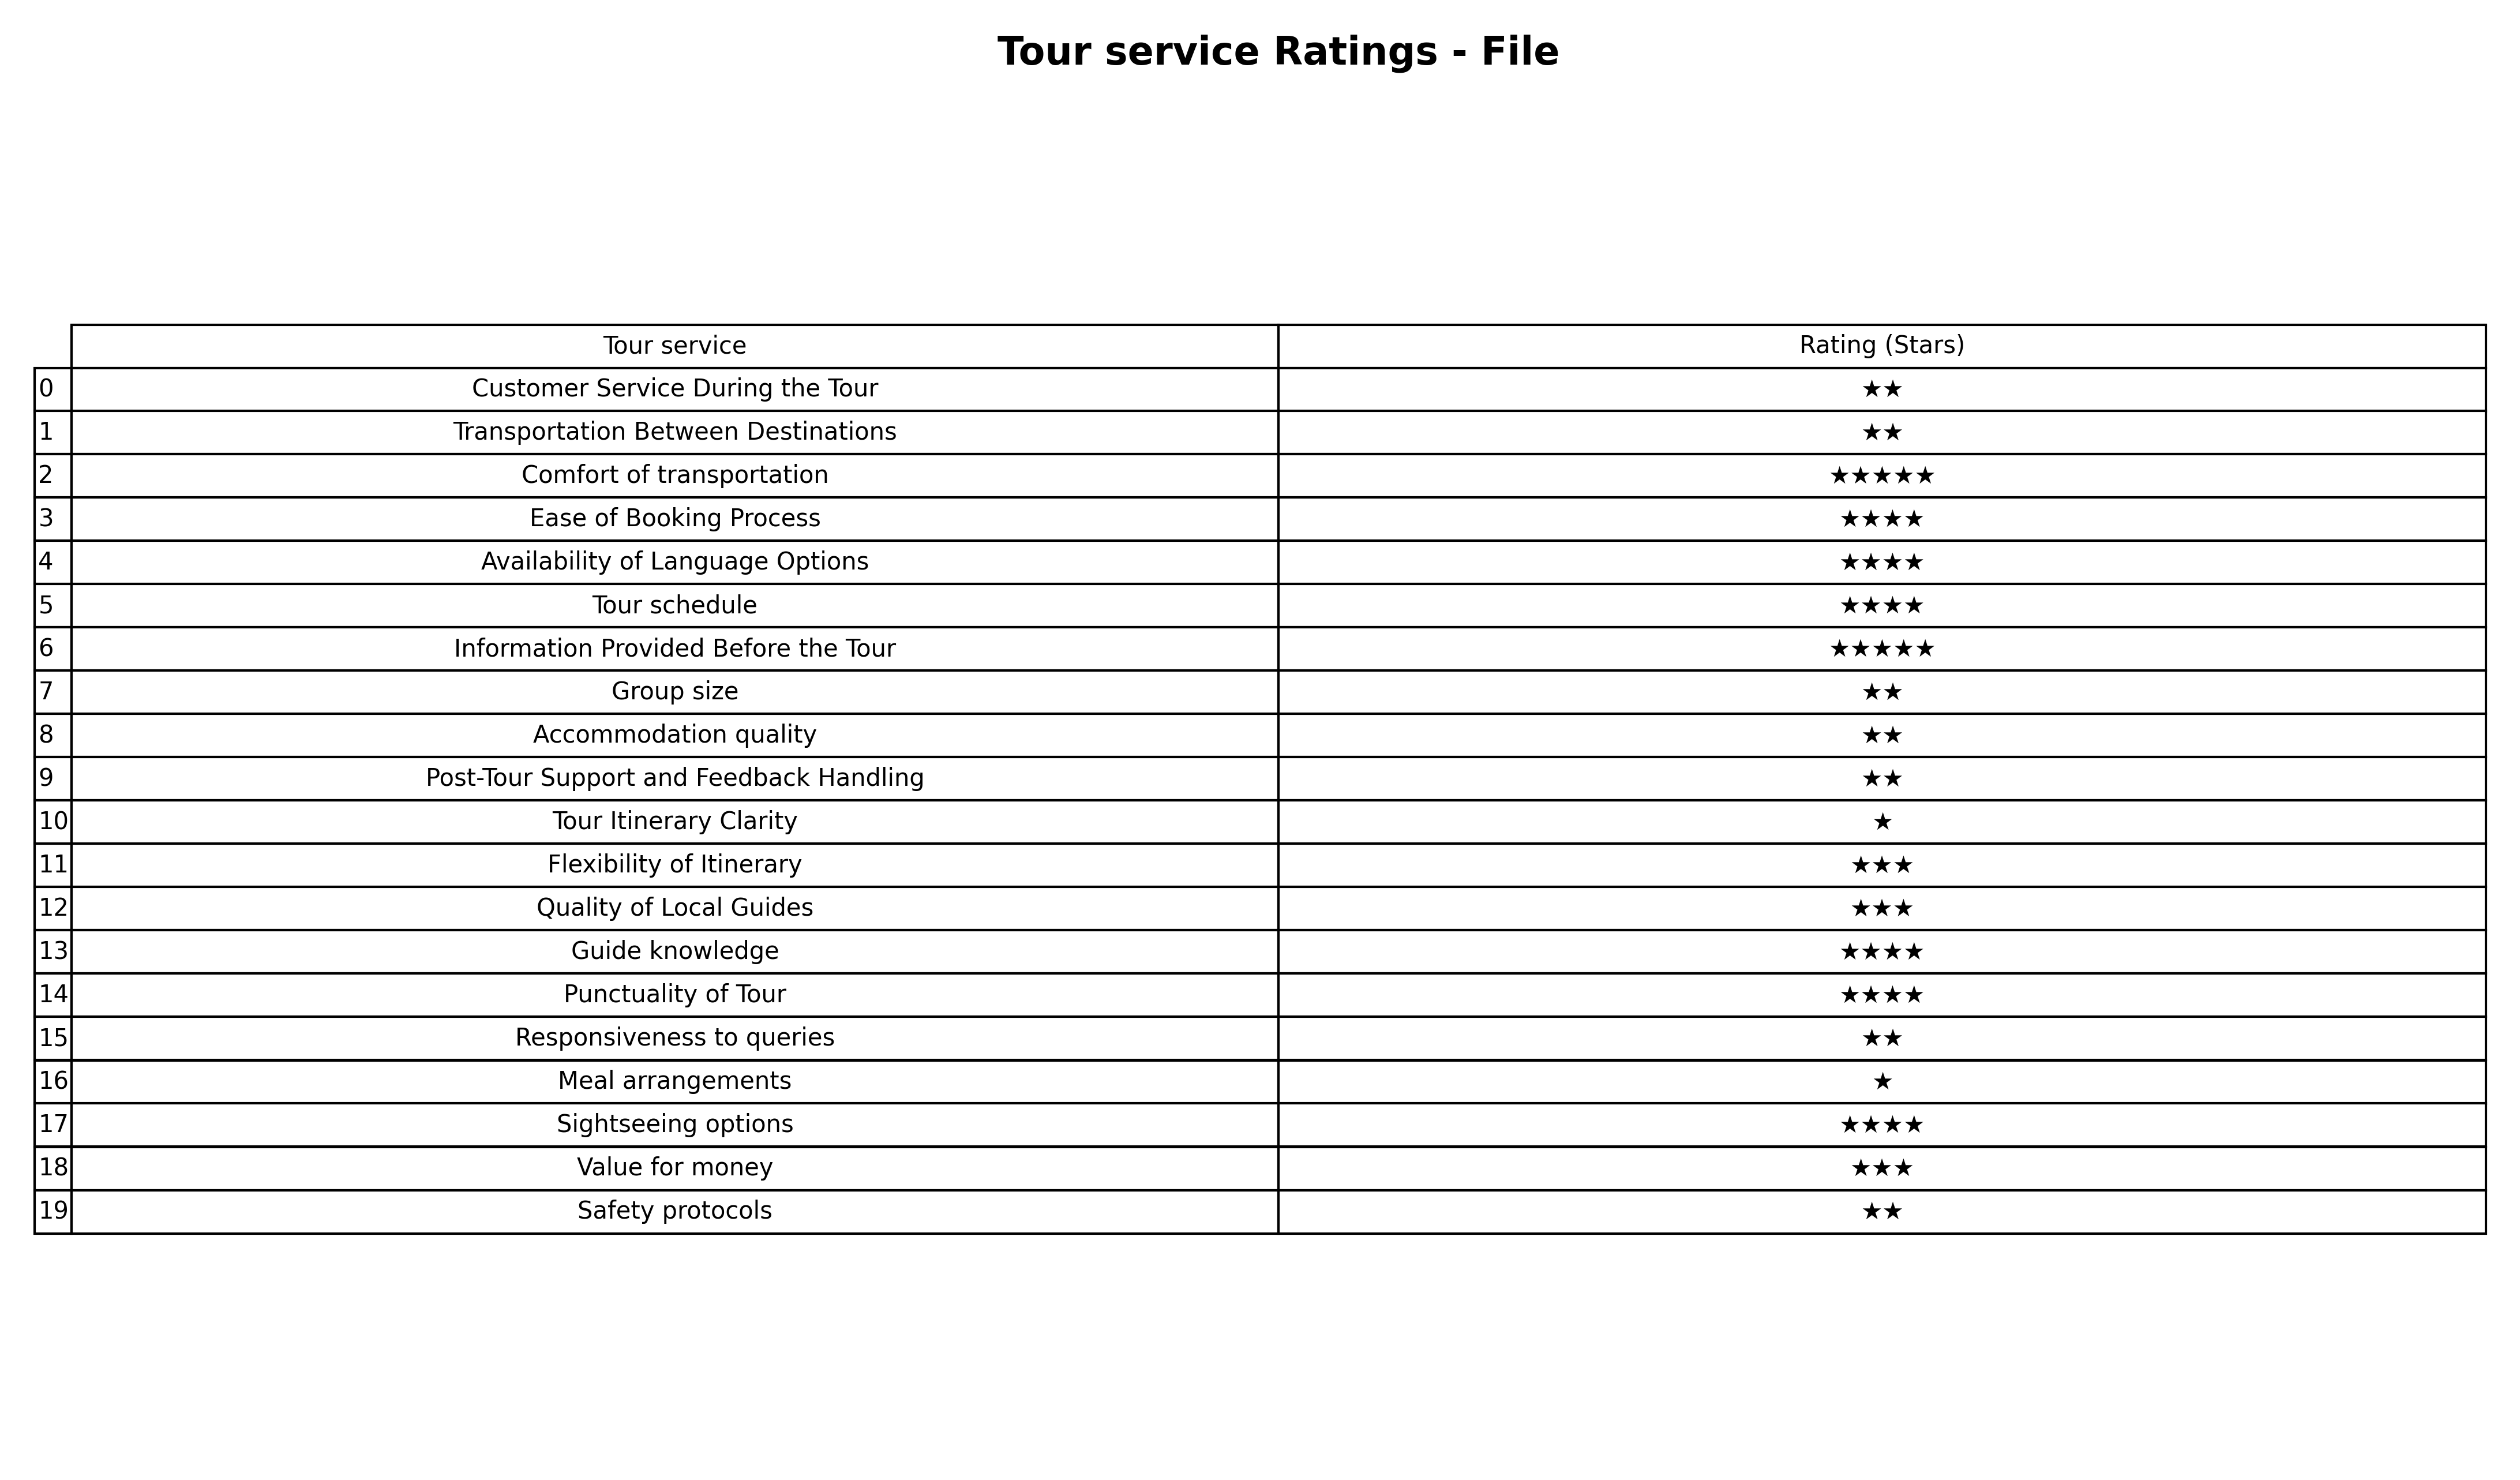
question: What are two star services?
answer: Customer Service During the TourTransportation Between DestinationsGroup sizeAccommodation qualityPost-Tour Support and Feedback HandlingResponsiveness to queriesSafety protocols